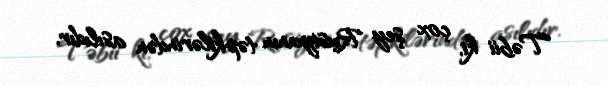
Təbii ki, çox şey Rusiyanın təpkilərindən asılıdır.